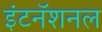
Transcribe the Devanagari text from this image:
इंटनॅशनल